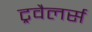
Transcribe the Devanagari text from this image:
ट्रवैलर्स